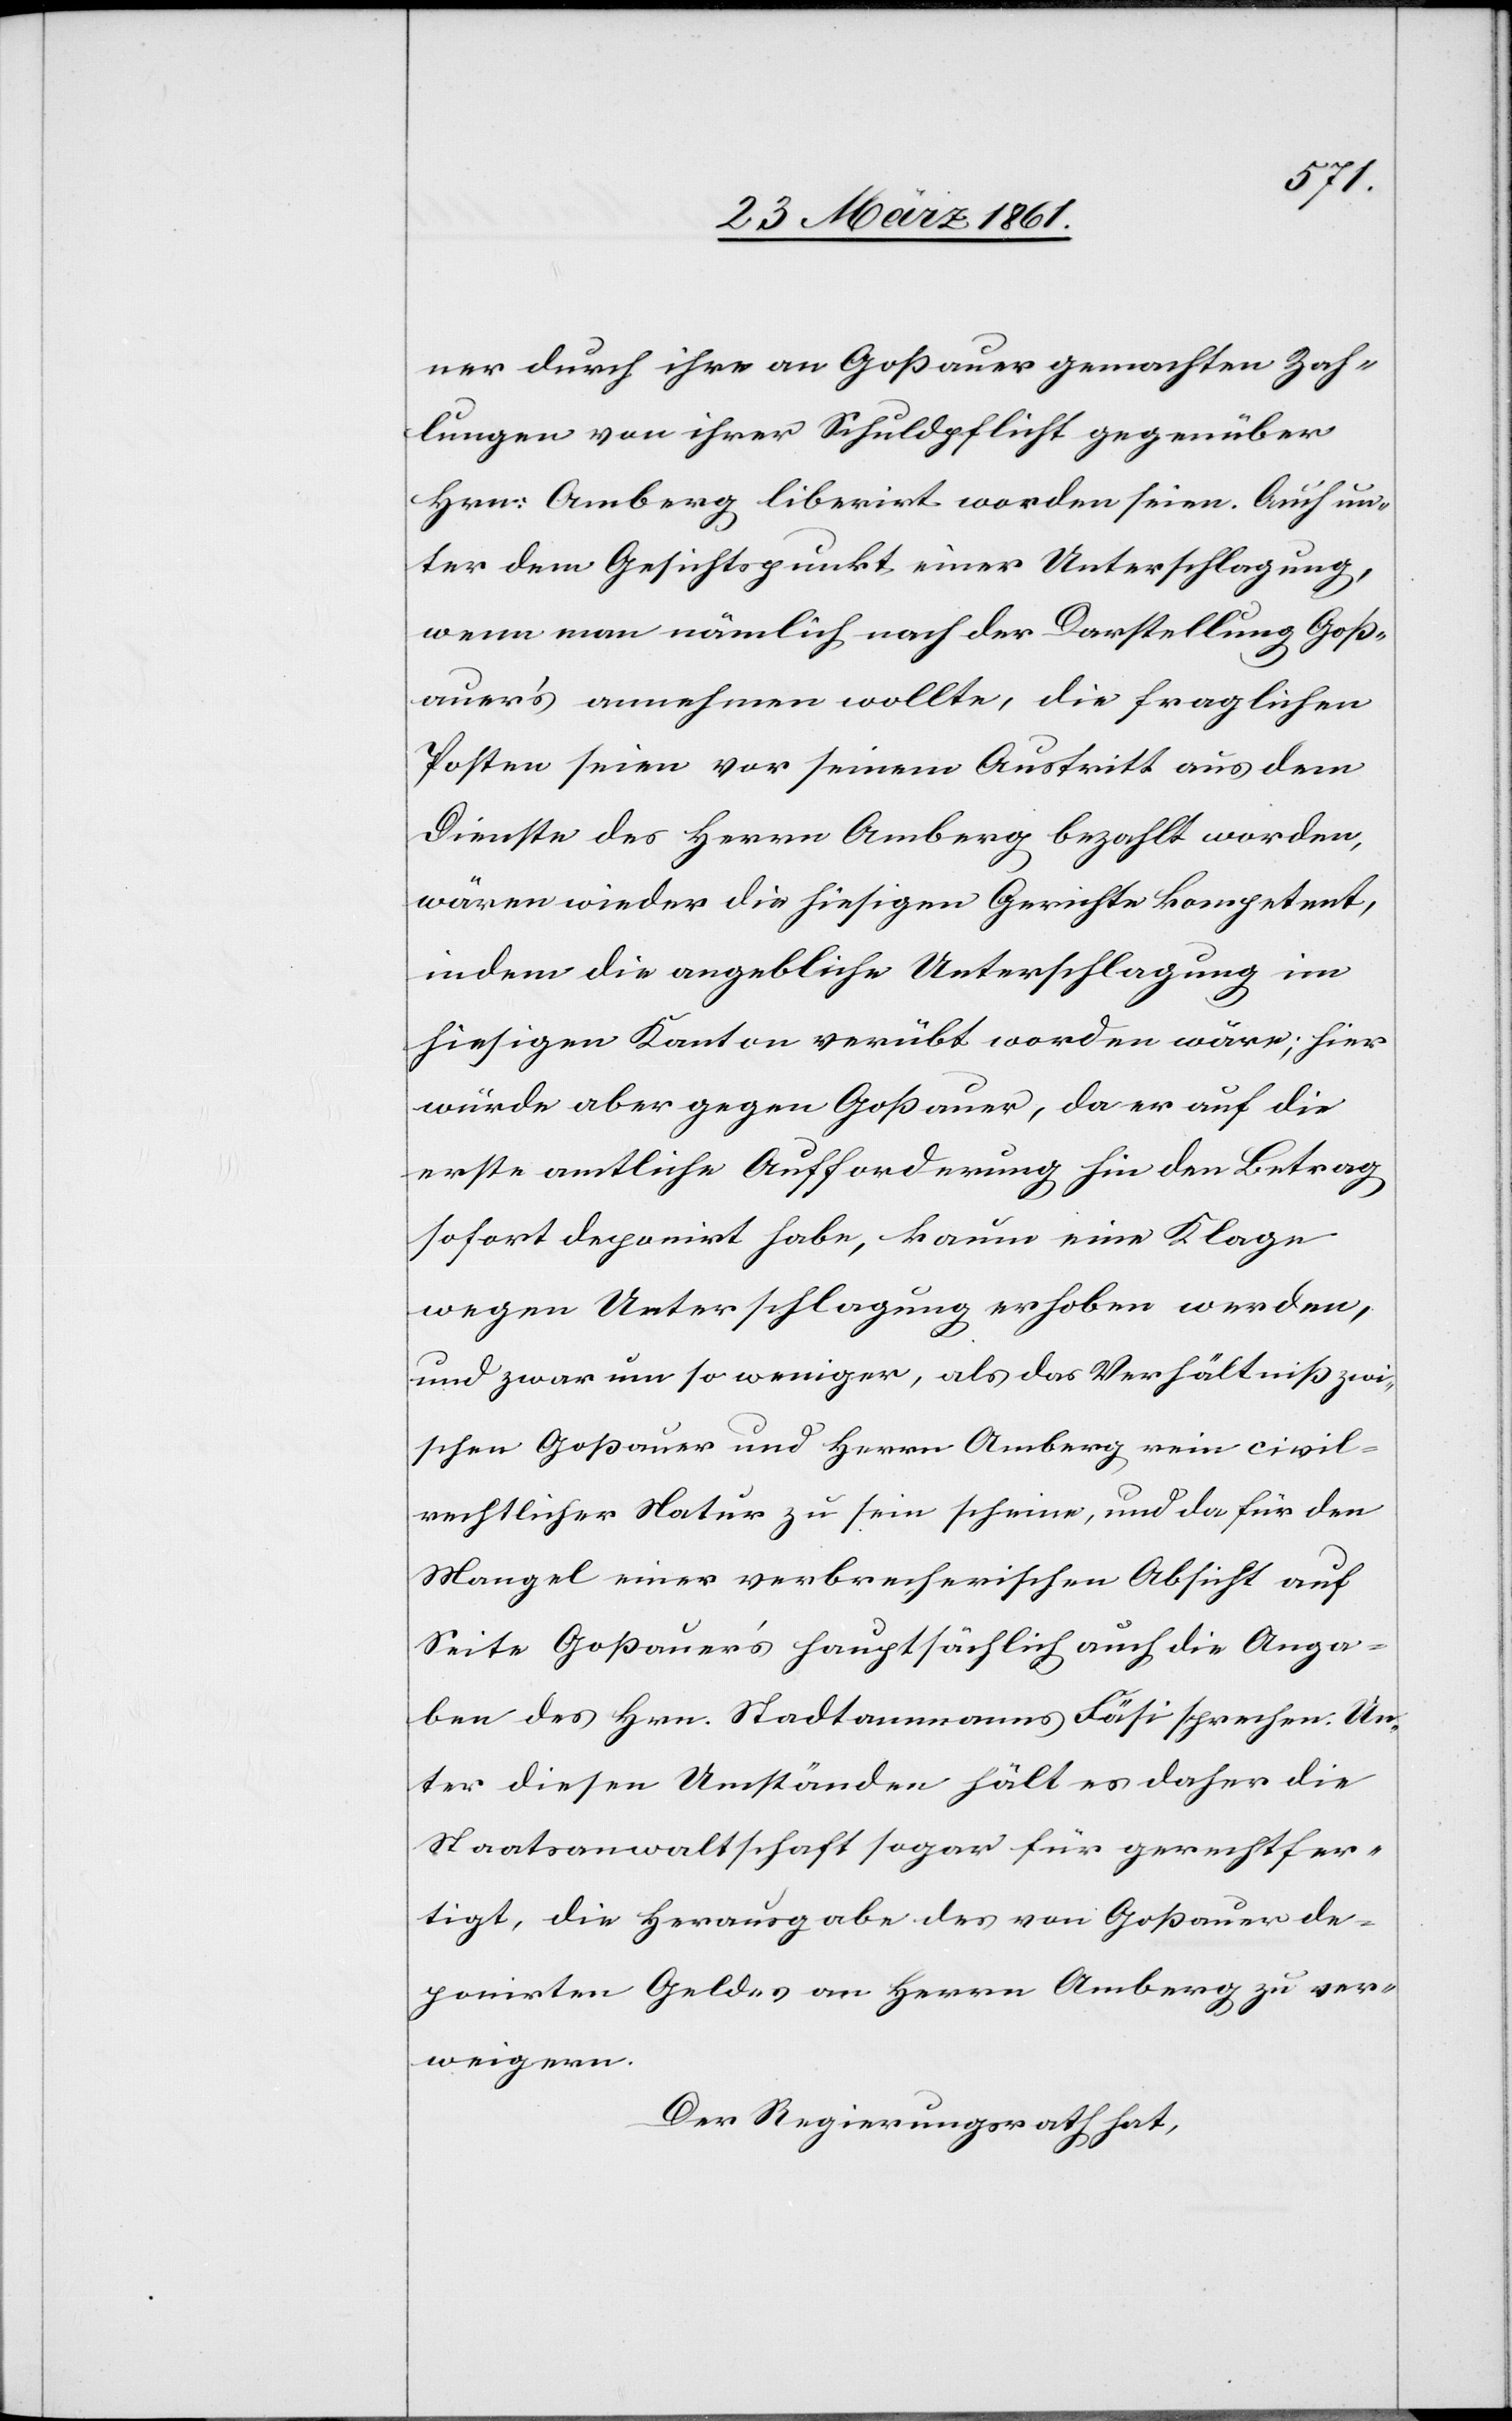
ner durch ihre an Goßauer gemachten Zah¬
lungen von ihrer Schuldpflicht gegenüber
Hrn. Amberg liberirt worden seien. Auch un¬
ter dem Gesichtspunkt einer Unterschlagung,
wenn man nämlich nach der Darstellung Goß¬
auer’s annehmen wollte, die fraglichen
Posten seien vor seinem Austritt aus dem
Dienste des Herrn Amberg bezahlt worden,
wären wieder die hiesigen Gerichte kompetent,
indem die angebliche Unterschlagung im
hiesigen Kanton verübt worden wäre; hier
würde aber gegen Goßauer, da er auf die
erste amtliche Aufforderung hin den Betrag
sofort deponirt habe, kaum eine Klage
wegen Unterschlagung erhoben werden,
und zwar um so weniger, als das Verhältniß zwi¬
schen Goßauer und Herrn Amberg rein civil¬
rechtlicher Natur zu sein scheine, und da für den
Mangel einer verbrecherischen Absicht auf
Seite Goßauer’s hauptsächlich auch die Anga¬
ben des Hrn. Stadtammanns Fäsi sprechen. Un¬
ter diesen Umständen hält es daher die
Staatsanwaltschaft sogar für gerechtfer¬
tigt, die Herausgabe des von Goßauer de¬
ponirten Geldes an Herrn Amberg zu ver¬
weigern.
Der Regierungsrath hat,